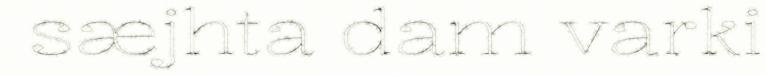
sæjhta dam varki